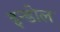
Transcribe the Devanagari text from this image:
इन्डोल